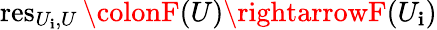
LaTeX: \operatorname{res}_{U_{\mathbf{i}},U}\colonF(U)\rightarrowF(U_{\mathbf{i}})